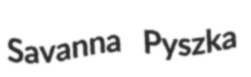
Savanna Pyszka